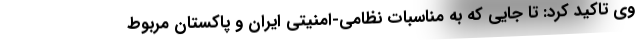
وی تاکید کرد: تا جایی که به مناسبات نظامی-امنیتی ایران و پاکستان مربوط